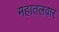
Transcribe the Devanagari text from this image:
महातलवार